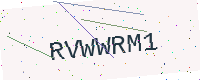
Text: RVWWRM1